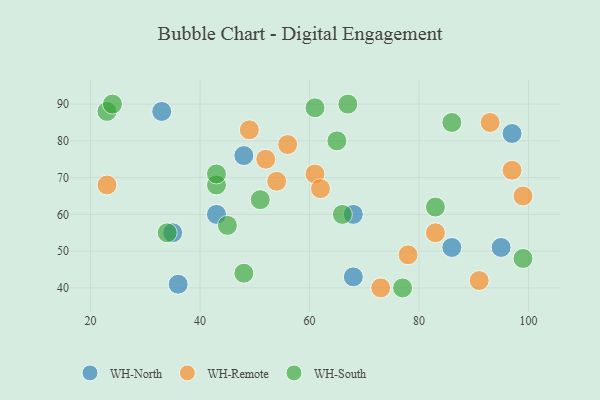
{"axis": {"x": "GDP", "y": "Life Expectancy"}, "legend": ["WH-North", "WH-Remote", "WH-South"], "data": [{"x": "36", "y": 41, "type": "WH-North"}, {"x": "68", "y": 60, "type": "WH-North"}, {"x": "95", "y": 51, "type": "WH-North"}, {"x": "68", "y": 43, "type": "WH-North"}, {"x": "33", "y": 88, "type": "WH-North"}, {"x": "43", "y": 60, "type": "WH-North"}, {"x": "35", "y": 55, "type": "WH-North"}, {"x": "48", "y": 76, "type": "WH-North"}, {"x": "97", "y": 82, "type": "WH-North"}, {"x": "86", "y": 51, "type": "WH-North"}, {"x": "61", "y": 71, "type": "WH-Remote"}, {"x": "93", "y": 85, "type": "WH-Remote"}, {"x": "49", "y": 83, "type": "WH-Remote"}, {"x": "54", "y": 69, "type": "WH-Remote"}, {"x": "73", "y": 40, "type": "WH-Remote"}, {"x": "99", "y": 65, "type": "WH-Remote"}, {"x": "52", "y": 75, "type": "WH-Remote"}, {"x": "97", "y": 72, "type": "WH-Remote"}, {"x": "83", "y": 55, "type": "WH-Remote"}, {"x": "56", "y": 79, "type": "WH-Remote"}, {"x": "62", "y": 67, "type": "WH-Remote"}, {"x": "78", "y": 49, "type": "WH-Remote"}, {"x": "91", "y": 42, "type": "WH-Remote"}, {"x": "23", "y": 68, "type": "WH-Remote"}, {"x": "43", "y": 68, "type": "WH-South"}, {"x": "66", "y": 60, "type": "WH-South"}, {"x": "61", "y": 89, "type": "WH-South"}, {"x": "48", "y": 44, "type": "WH-South"}, {"x": "43", "y": 71, "type": "WH-South"}, {"x": "77", "y": 40, "type": "WH-South"}, {"x": "86", "y": 85, "type": "WH-South"}, {"x": "45", "y": 57, "type": "WH-South"}, {"x": "51", "y": 64, "type": "WH-South"}, {"x": "65", "y": 80, "type": "WH-South"}, {"x": "23", "y": 88, "type": "WH-South"}, {"x": "24", "y": 90, "type": "WH-South"}, {"x": "34", "y": 55, "type": "WH-South"}, {"x": "83", "y": 62, "type": "WH-South"}, {"x": "67", "y": 90, "type": "WH-South"}, {"x": "99", "y": 48, "type": "WH-South"}]}